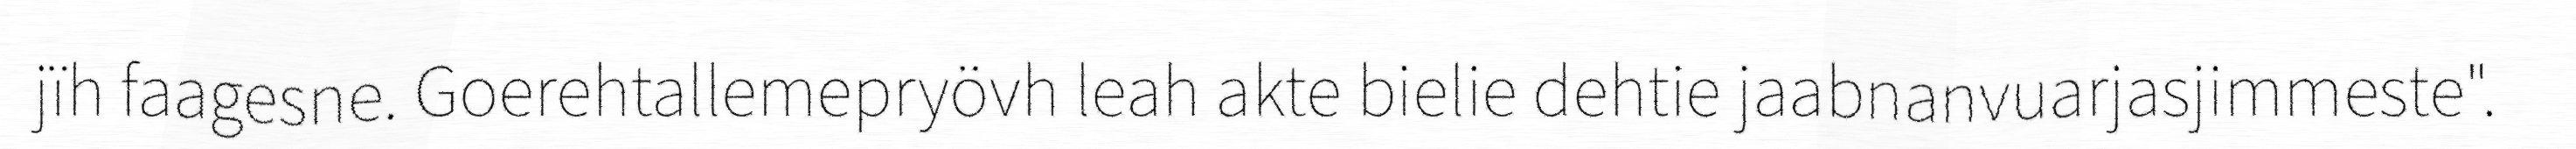
jïh faagesne. Goerehtallemepryövh leah akte bielie dehtie jaabnanvuarjasjimmeste".